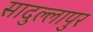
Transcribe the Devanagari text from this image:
सादुल्लापुर